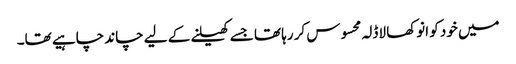
میں خود کو انوکھا لاڈلہ محسوس کر رہا تھا جسے کھیلنے کے لیے چاند چاہیے تھا۔